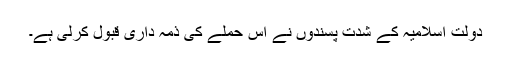
دولت اسلامیہ کے شدت پسندوں نے اس حملے کی ذمہ داری قبول کرلی ہے۔